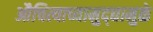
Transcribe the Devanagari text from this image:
औचित्याच्यामुद्द्यामुळे